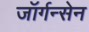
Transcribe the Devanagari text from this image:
जॉर्गन्सेन